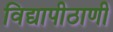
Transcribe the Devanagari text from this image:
विद्यापीठाणी